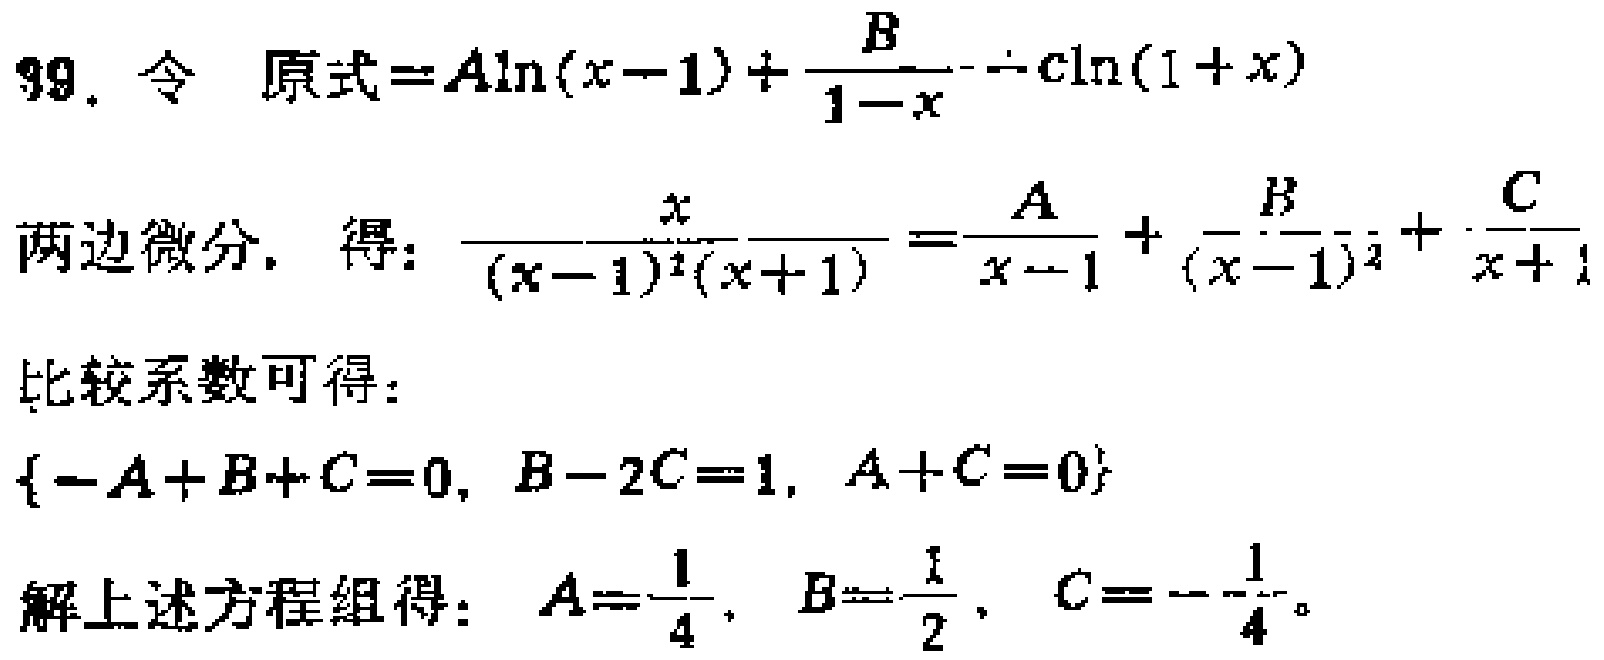
99. 令 原式\(=A\ln(x - 1)+\frac{B}{1 - x}+C\ln(1 + x)\)
两边微分，得：\(\frac{x}{(x - 1)^2(x + 1)}=\frac{A}{x - 1}+\frac{B}{(x - 1)^2}+\frac{C}{x + 1}\)
比较系数可得：
\(\{-A + B + C = 0, B - 2C = 1, A + C = 0\}\)
解上述方程组得：\(A = \frac{1}{4}, B = \frac{1}{2}, C = -\frac{1}{4}\)。